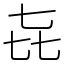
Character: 㐂